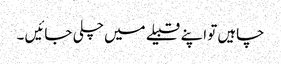
چاہیں تو اپنے قبیلے میں چلی جائیں ۔